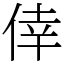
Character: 倖